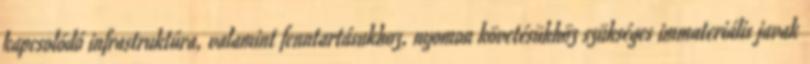
kapcsolódó infrastruktúra, valamint fenntartásukhoz, nyomon követésükhöz szükséges immateriális javak